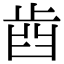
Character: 𣥫